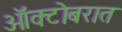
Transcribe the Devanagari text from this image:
ऑक्टोबरात